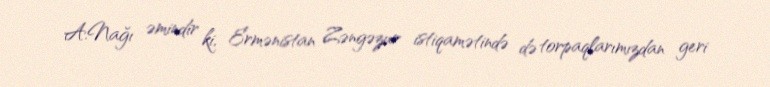
A.Nağı əmindir ki, Ermənistan Zəngəzur istiqamətində də torpaqlarımızdan geri